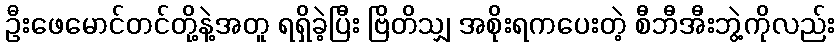
ဦးဖေမောင်တင်တို့နဲ့အတူ ရရှိခဲ့ပြီး ဗြိတိသျှ အစိုးရကပေးတဲ့ စီဘီအီးဘွဲ့ကိုလည်း